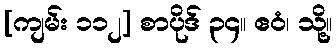
[ကျမ်း ၁၁၂] စာပိုဒ် ၃၄။ ဧဝံ၊ သို့။